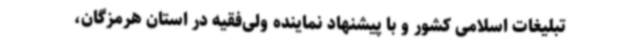
تبلیغات اسلامی کشور و با پیشنهاد نماینده ولی‌فقیه در استان هرمزگان،